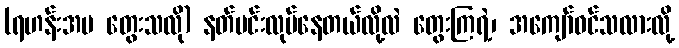
(ရဟန်းအမ တွေးသလို) နတ်မင်းလုပ်နေတယ်လို့လဲ တွေးကြရဲ့၊ အကျော်ဝင်သလားလို့